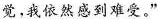
觉，我依然感到难受，”